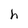
Character: h